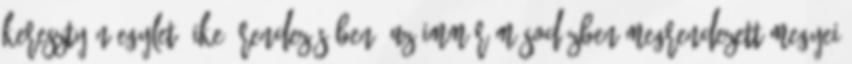
Keresztyén Egylet IKE rendezésében. Az immár másodízben megrendezett megyei